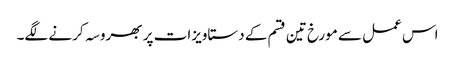
اس عمل سے مورخ تین قسم کے دستاویزات پر بھروسہ کرنے لگے۔